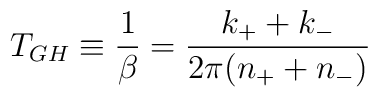
T_{GH}  \equiv \frac{1}{\beta} = \frac{k_+ + k_-}{2\pi(n_++n_-)}